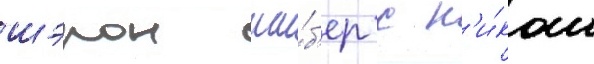
шэрон ши́б'ер с н'и́ком